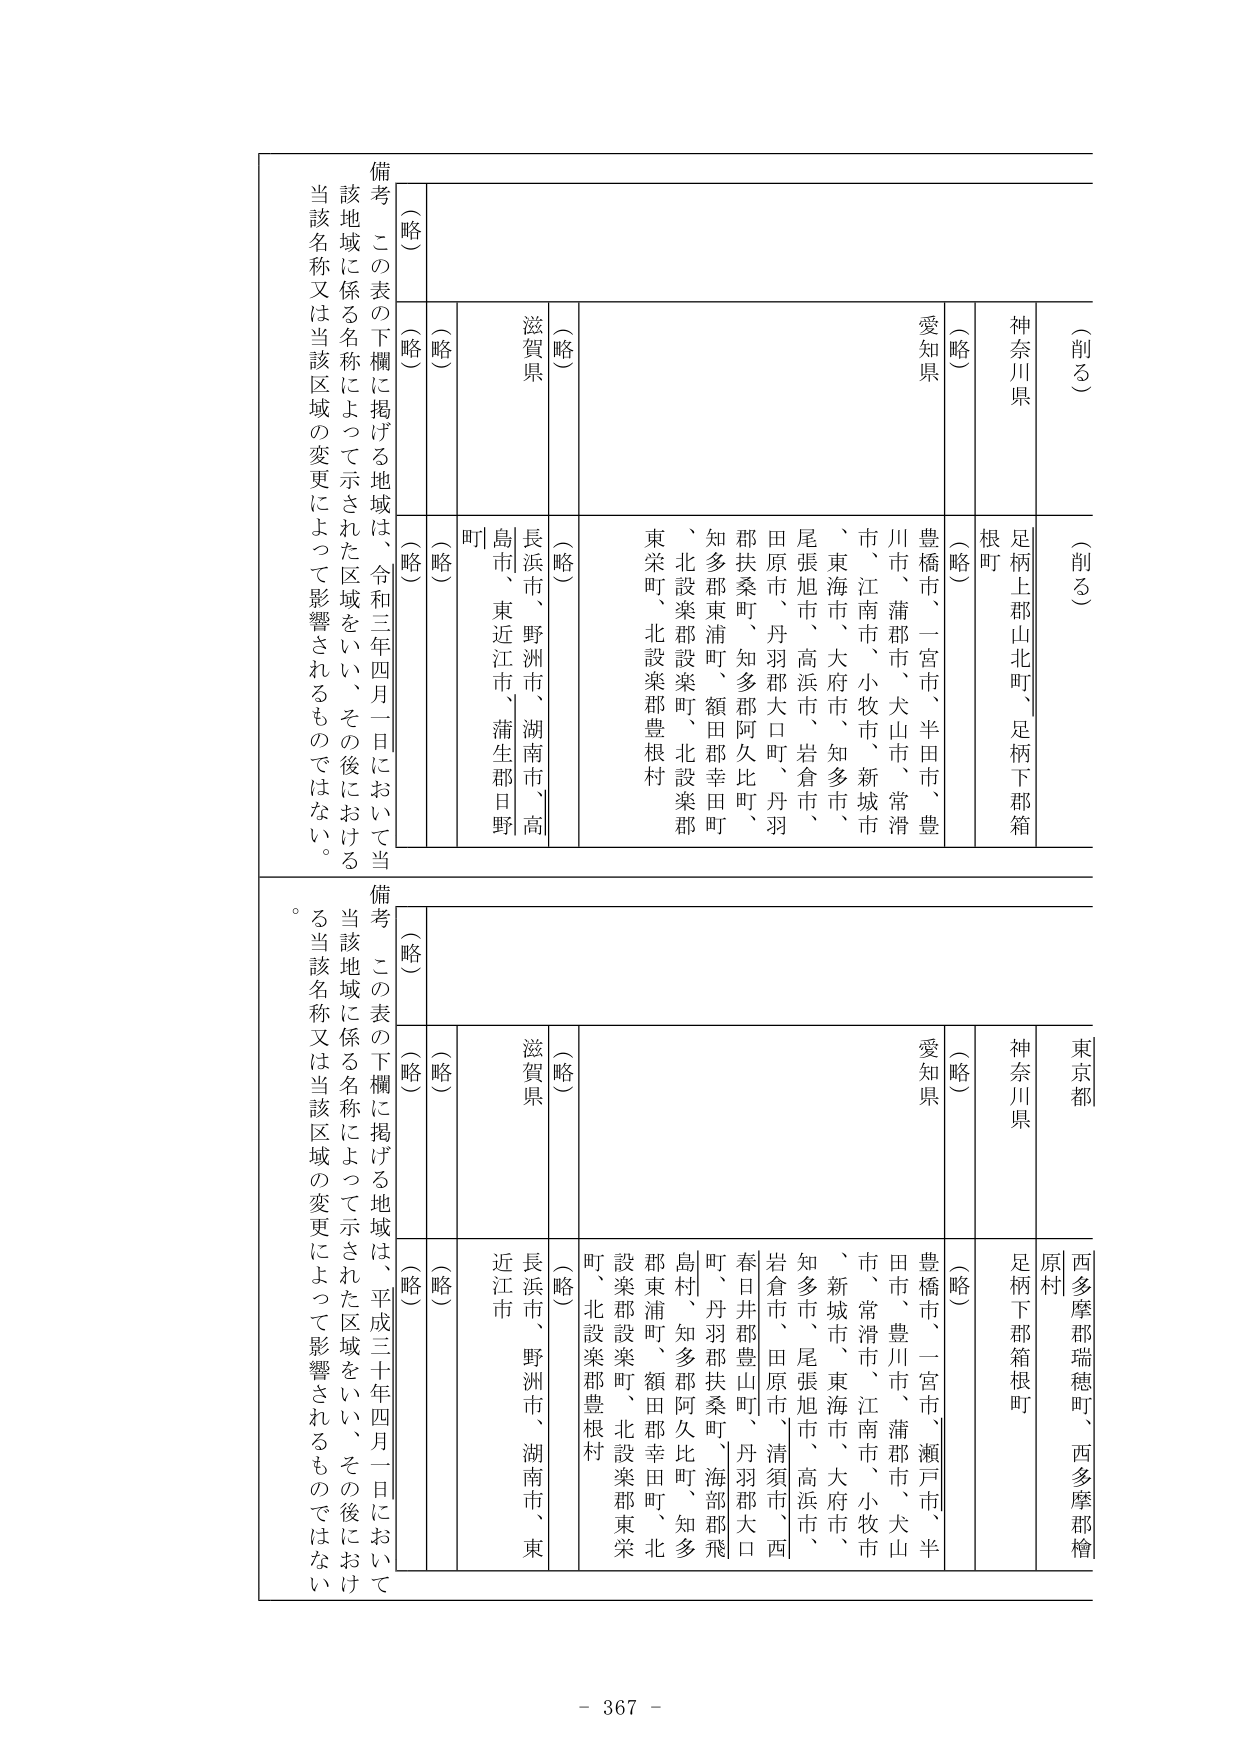
（削る）
神奈川県
足柄上郡山北町、足柄下郡箱根町
愛知県
豊橋市、一宮市、半田市、豊川市、蒲郡市、犬山市、常滑市、江南市、小牧市、新城市、東海市、大府市、知多市、尾張旭市、高浜市、岩倉市、田原市、丹羽郡大口町、丹羽郡扶桑町、知多郡阿久比町、知多郡東浦町、額田郡幸田町、北設楽郡設楽町、北設楽郡東栄町、北設楽郡豊根村
滋賀県
長浜市、野洲市、湖南市、高島市、東近江市、蒲生郡日野町
（略）
（略）
（略）
（略）
備考　この表の下欄に掲げる地域は、令和三年四月一日において当該地域に係る名称によって示された区域をいい、その後における当該名称又は当該区域の変更によって影響されるものではない。

（略）
東京都
西多摩郡瑞穂町、西多摩郡檜原村
神奈川県
足柄下郡箱根町
愛知県
豊橋市、一宮市、瀬戸市、半田市、豊川市、蒲郡市、犬山市、常滑市、江南市、小牧市、新城市、東海市、大府市、知多市、尾張旭市、高浜市、岩倉市、田原市、清須市、西春日井郡豊山町、丹羽郡大口町、丹羽郡扶桑町、海部郡飛島村、知多郡阿久比町、知多郡東浦町、額田郡幸田町、北設楽郡設楽町、北設楽郡東栄町、北設楽郡豊根村
滋賀県
長浜市、野洲市、湖南市、東近江市
（略）
（略）
（略）
（略）
備考　この表の下欄に掲げる地域は、平成三十年四月一日において当該地域に係る名称によって示された区域をいい、その後における当該名称又は当該区域の変更によって影響されるものではない。

- 367 -